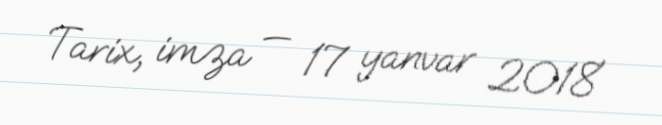
Tarix, imza — 17 yanvar 2018